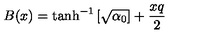
B ( x ) = \tanh ^ { - 1 } \left[ \sqrt { \alpha _ { 0 } } \right] + { \frac { x q } { 2 } }